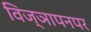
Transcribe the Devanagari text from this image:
विज्ञापनपर